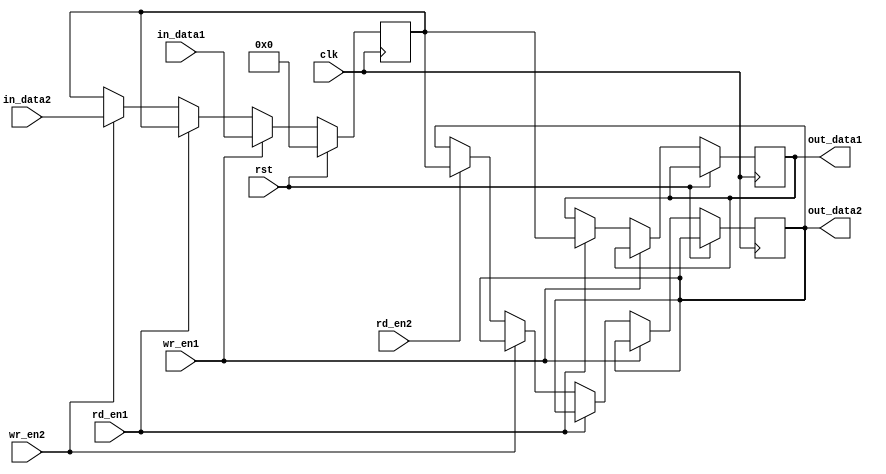
module dual_port_bypass_register (
    input wire clk,
    input wire rst,
    input wire [DATA_WIDTH-1:0] in_data1,
    input wire wr_en1,
    input wire rd_en1,
    output reg [DATA_WIDTH-1:0] out_data1,
    input wire [DATA_WIDTH-1:0] in_data2,
    input wire wr_en2,
    input wire rd_en2,
    output reg [DATA_WIDTH-1:0] out_data2
);

parameter DATA_WIDTH = 8;

reg [DATA_WIDTH-1:0] reg_data;

always @(posedge clk) begin
    if (rst) begin
        reg_data <= 8'b0;
    end else begin
        if (wr_en1) begin
            reg_data <= in_data1;
        end else if (rd_en1) begin
            out_data1 <= reg_data;
        end else if (wr_en2) begin
            reg_data <= in_data2;
        end else if (rd_en2) begin
            out_data2 <= reg_data;
        end
    end
end

endmodule